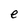
Character: e